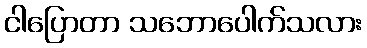
ငါပြောတာ သဘောပေါက်သလား